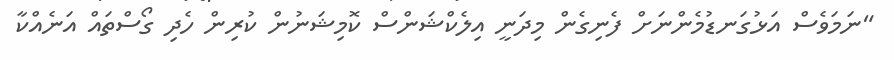
"ނަމަވެސް އަޅުގަނޑުމެންނަށް ފެނިގެން މިދަނީ އިލެކްޝަންސް ކޮމިޝަނުން ކުރިން ހެދި ގޯސްތައް އަނެއްކާ